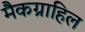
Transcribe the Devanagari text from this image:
मैकग्राहिल